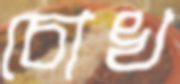
চোখ